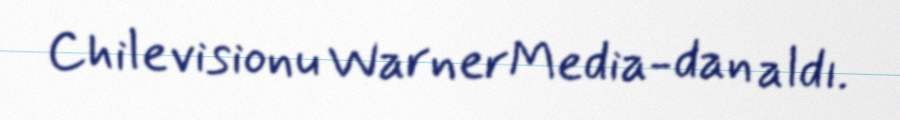
Chilevisionu WarnerMedia-dan aldı.